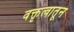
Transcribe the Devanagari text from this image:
वक्तृत्वातून